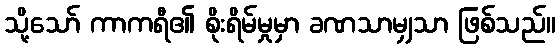
သို့သော် ကာကရီ၏ စိုးရိမ်မှုမှာ ခဏသာမျှသာ ဖြစ်သည်။